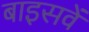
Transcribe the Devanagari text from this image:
बाइसवें